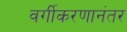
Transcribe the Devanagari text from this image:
वर्गीकरणानंतर